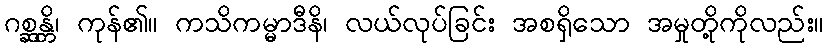
ဂစ္ဆန္တိ၊ ကုန်၏။ ကသိကမ္မာဒီနိ၊ လယ်လုပ်ခြင်း အစရှိသော အမှုတို့ကိုလည်း။